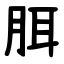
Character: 䏪